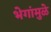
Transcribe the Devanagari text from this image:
भेगांमुळे